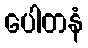
ပေါတနံ